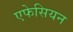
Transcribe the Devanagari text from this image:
एफेसियन